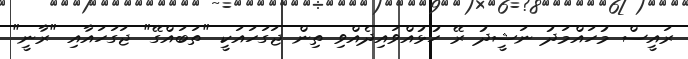
ރައީސް މުހައްމަދު ނަޝީދު ރޭ ހުޅުއްވައިދެއްވި ތިން ޖަގަހައަކީ "ތަބައްގޭ" ޖަގަހައާއި "ރާނީ"